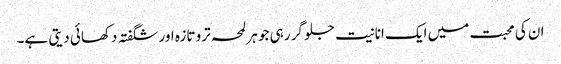
ان کی محبت میں ایک انانیت جلو گر رہی جو ہر لمحہ ترو تازہ اور شگفتہ دکھائی دیتی ہے۔